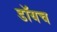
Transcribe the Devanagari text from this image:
डॉयच